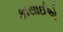
કાસાઈએ